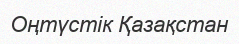
Оңтүстік Қазақстан